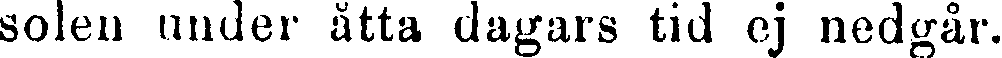
solen under åtta dagars tid ej nedgår.